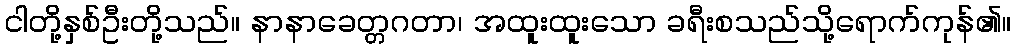
ငါတို့နှစ်ဦးတို့သည်။ နာနာခေတ္တဂတာ၊ အထူးထူးသော ခရီးစသည်သို့ရောက်ကုန်၏။